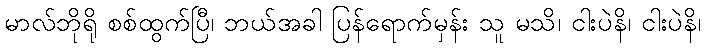
မာလ်ဘိုရို စစ်ထွက်ပြီ၊ ဘယ်အခါ ပြန်ရောက်မှန်း သူ မသိ၊ ငါးပဲနိ၊ ငါးပဲနိ၊